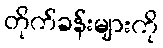
တိုက်ခန်းများကို